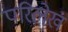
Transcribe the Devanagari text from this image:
परिलेख